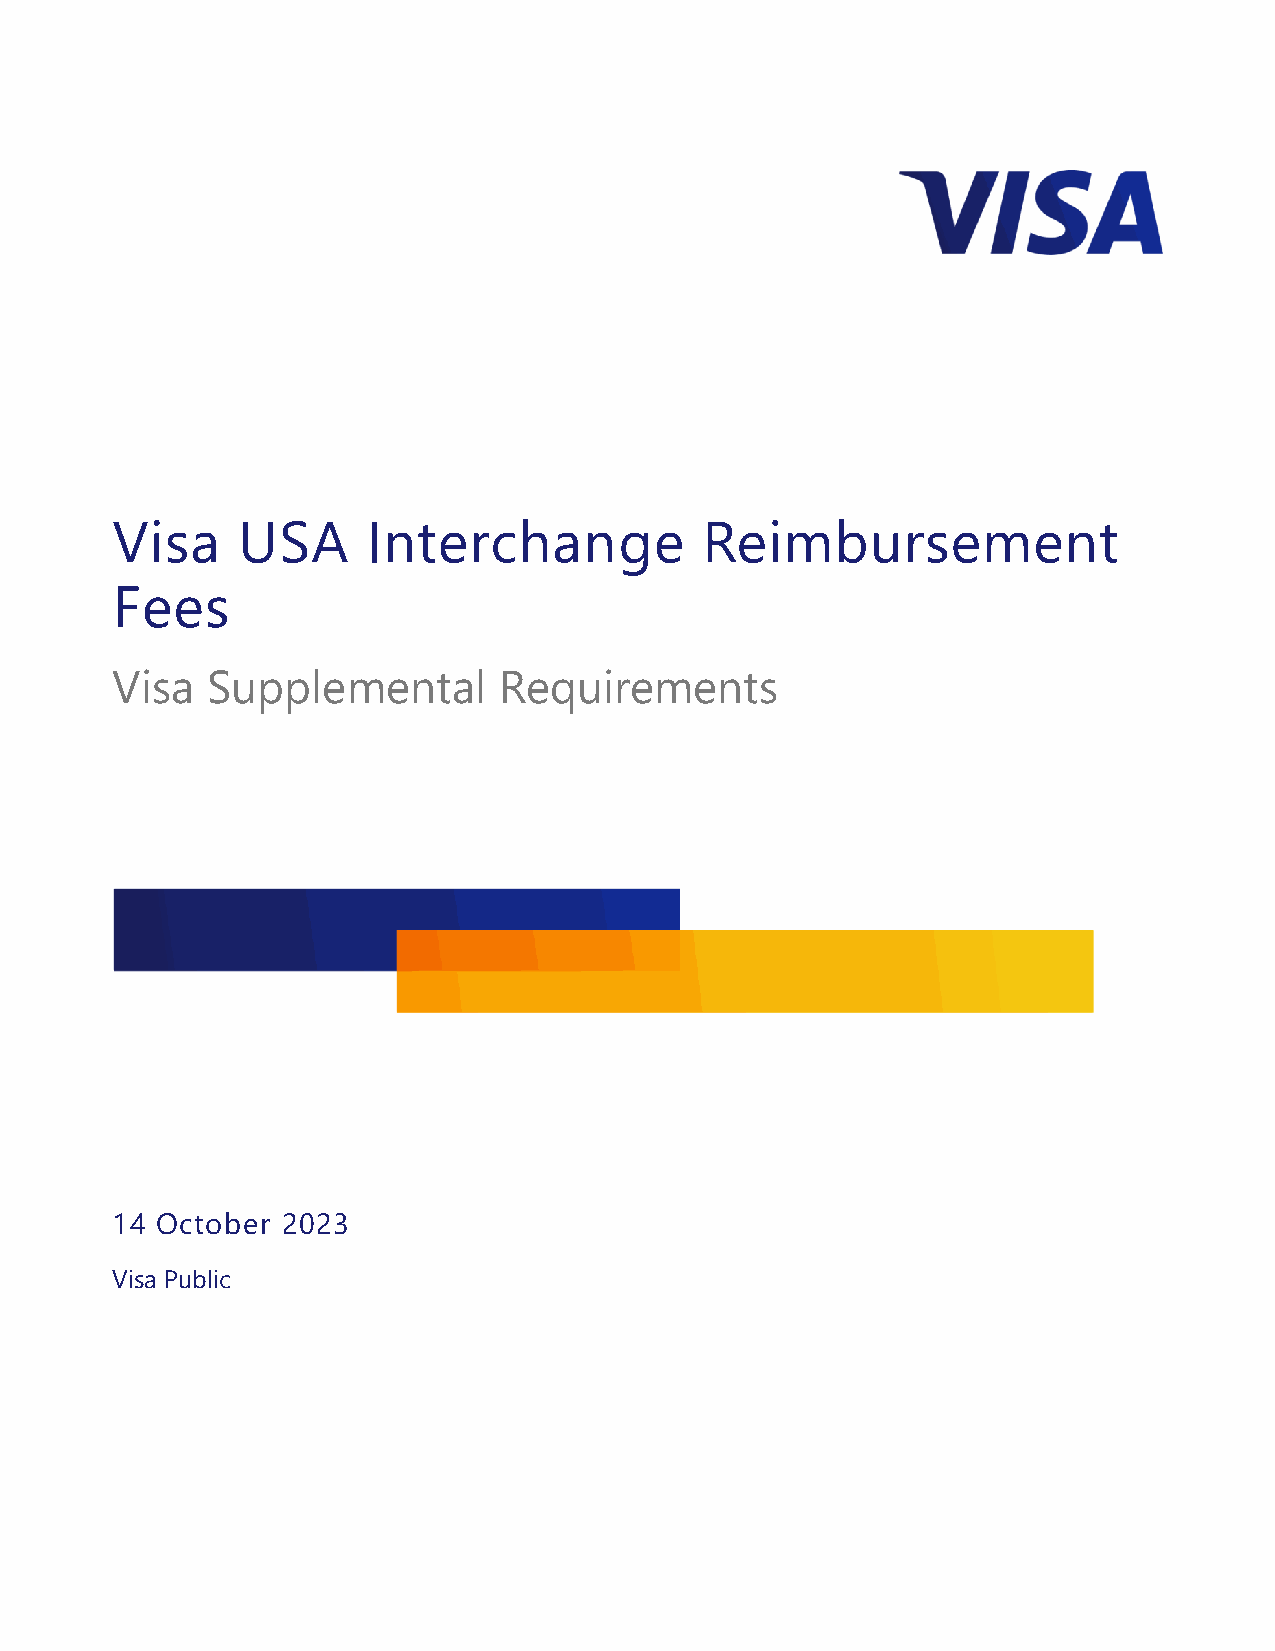
Visa     USA     Interchange           Reimbursement
 Fees
 Visa   Supplemental       Requirements
 14 October  2023
 Visa Public